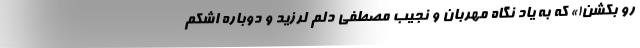
رو بکشن!» که به یاد نگاه مهربان و نجیب مصطفی دلم لرزید و دوباره اشکم